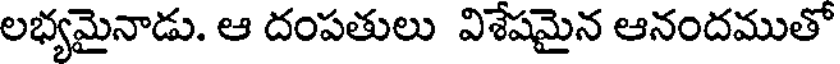
లభ్యమైనాడు. ఆ దంపతులు విశేషమైన ఆనందముతో